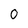
Character: 0